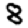
Digit: 8